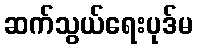
ဆက်သွယ်ရေးပုဒ်မ